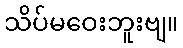
သိပ်မဝေးဘူးဗျ။